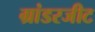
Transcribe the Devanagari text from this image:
ग्रांडरजीट